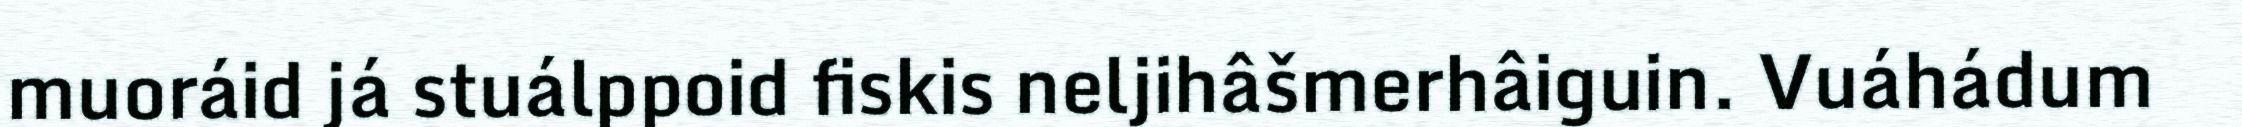
muoráid já stuálppoid fiskis neljihâšmerhâiguin. Vuáhádum